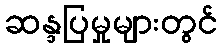
ဆန္ဒပြမှုများတွင်